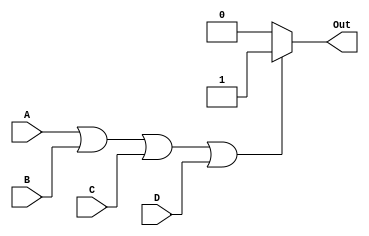
module OR_gate(
    input A, 
    input B, 
    input C, 
    input D, 
    output reg Out);

always @(*)
begin
    if(A || B || C || D)
        Out = 1;
    else
        Out = 0;
end

endmodule